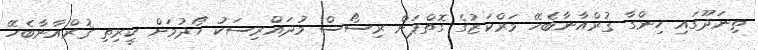
ތިނަދޫގައި ހިންގާ ޤުރްއާނާބެހޭ މަރްކަޒުގެ ގޮތްޕަށް ރިސޯސް މުދައްރިސަކު ހޯދުމަށް ކީރިތި ޤުރްއާނާބެހޭ